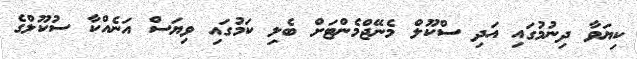
ކިޔަވާ ދިނުމުގައި އަދި ސްކޫލް މެނޭޖްމެންޓަށް ބެލި ކަމުގައި ވިޔަސް އަނެއްކާ ސުކޫލްގެ